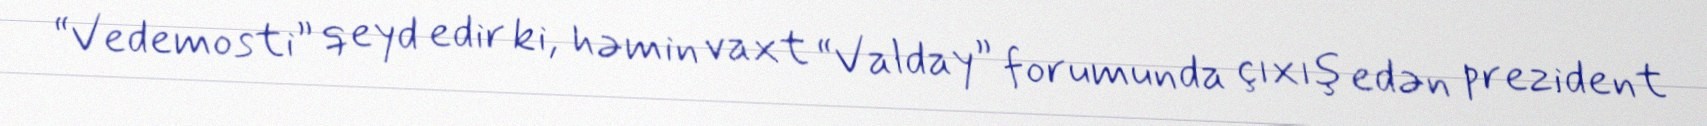
“Vedemosti” qeyd edir ki, həmin vaxt “Valday” forumunda çıxış edən prezident